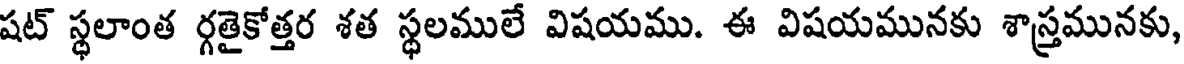
షట్ స్థలాంత ర్గతైకోత్తర శత స్థలములే విషయము. ఈ విషయమునకు శాస్త్రమునకు,